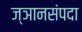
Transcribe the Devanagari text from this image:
ज्ञानसंपदा